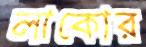
লাকোর